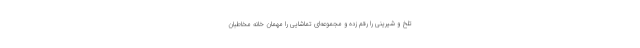
تلخ و شیرینی را رقم زده و مجموعه‌ای تماشایی را مهمان خانه مخاطبان